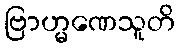
ဗြာဟ္မဏေသူတိ